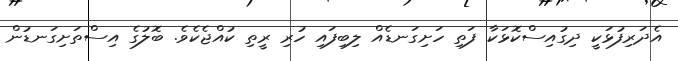
އެދަރިފުޅަކީ ދިގުއިސްކޮޅަކާ ފަތި ހަށިގަނޑެއް ލިބިފައި ހުރި ރީތި ކުއްޖެކެވެ. ބޮލުގެ އިސްތަށިގަނޑުން